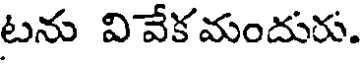
టను వివేకమందురు.